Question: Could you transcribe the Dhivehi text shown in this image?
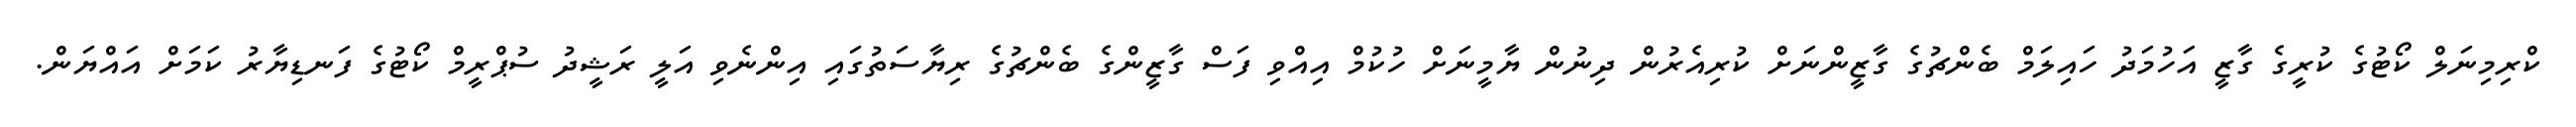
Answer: ކްރިމިނަލް ކޯޓުގެ ކުރީގެ ގާޒީ އަހުމަދު ހައިލަމް ބެންޗުގެ ގާޒީންނަށް ކުރިއެރުން ދިނުން ޔާމީނަށް ހުކުމް އިއްވި ފަސް ގާޒީންގެ ބެންޗުގެ ރިޔާސަތުގައި އިންނެވި އަލީ ރަޝީދު ސުޕްރީމް ކޯޓުގެ ފަނޑިޔާރު ކަމަށް އައްޔަން.